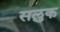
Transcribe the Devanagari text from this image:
सलुक